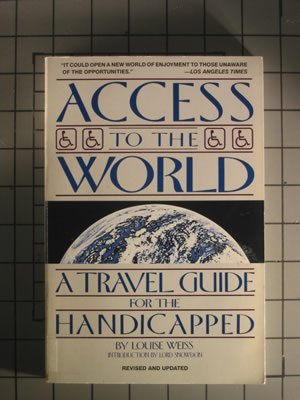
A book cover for Access to the World: A Travel Guide for the Handicapped; Louise Weiss; Travel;